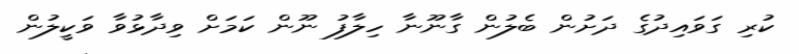
ކުރި ގަވައިދުގެ ދަށުން ބެލުން ގާނޫނާ ހިލާފު ނޫން ކަމަށް ވިދާޅުވާ ވަކީލުން